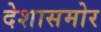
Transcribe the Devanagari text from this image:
देशासमोर